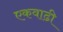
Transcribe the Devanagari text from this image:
एकवाढी